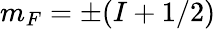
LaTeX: m_{F}=\pm(I+1/2)